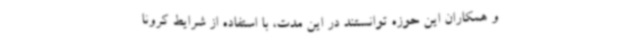
و همکاران این حوزه توانستند در این مدت، با استفاده از شرایط کرونا